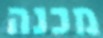
מכנה